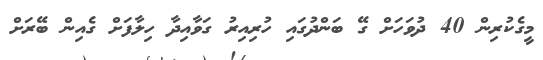
މީގެކުރިން 40 ދުވަހަށް ގޭ ބަންދުގައި ހުރިއިރު ގަވާއިދާ ހިލާފަށް ގެއިން ބޭރަށް